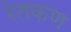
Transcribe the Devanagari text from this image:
रेतकण